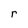
Character: r